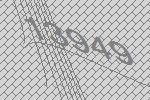
13949